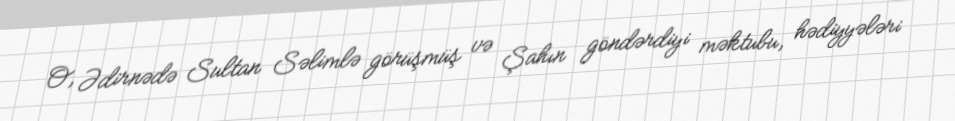
O, Ədirnədə Sultan Səlimlə görüşmüş və Şahın göndərdiyi məktubu, hədiyyələri